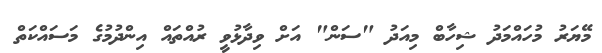
މޭޔަރު މުހައްމަދު ޝިހާބް މިއަދު "ސަން" އަށް ވިދާޅުވީ ރުއްތައް އިންދުމުގެ މަސައްކަތް